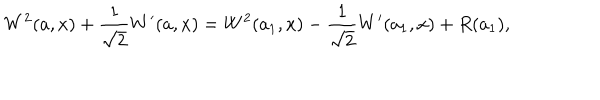
LaTeX: W ^ { 2 } ( a , x ) + \frac { 1 } { \sqrt { 2 } } W ^ { \prime } ( a , x ) = W ^ { 2 } ( a _ { 1 } , x ) - \frac { 1 } { \sqrt { 2 } } W ^ { \prime } ( a _ { 1 } , x ) + R ( a _ { 1 } ) ,